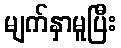
မျက်နှာမူပြီး